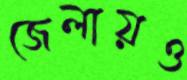
জেলায়ও